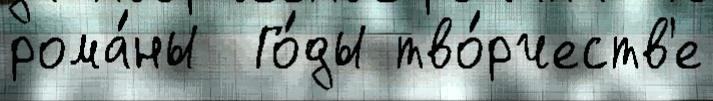
рома́ны  Го́ды тво́рчеств'е